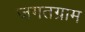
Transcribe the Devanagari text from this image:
जगतग्राम